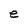
Character: e